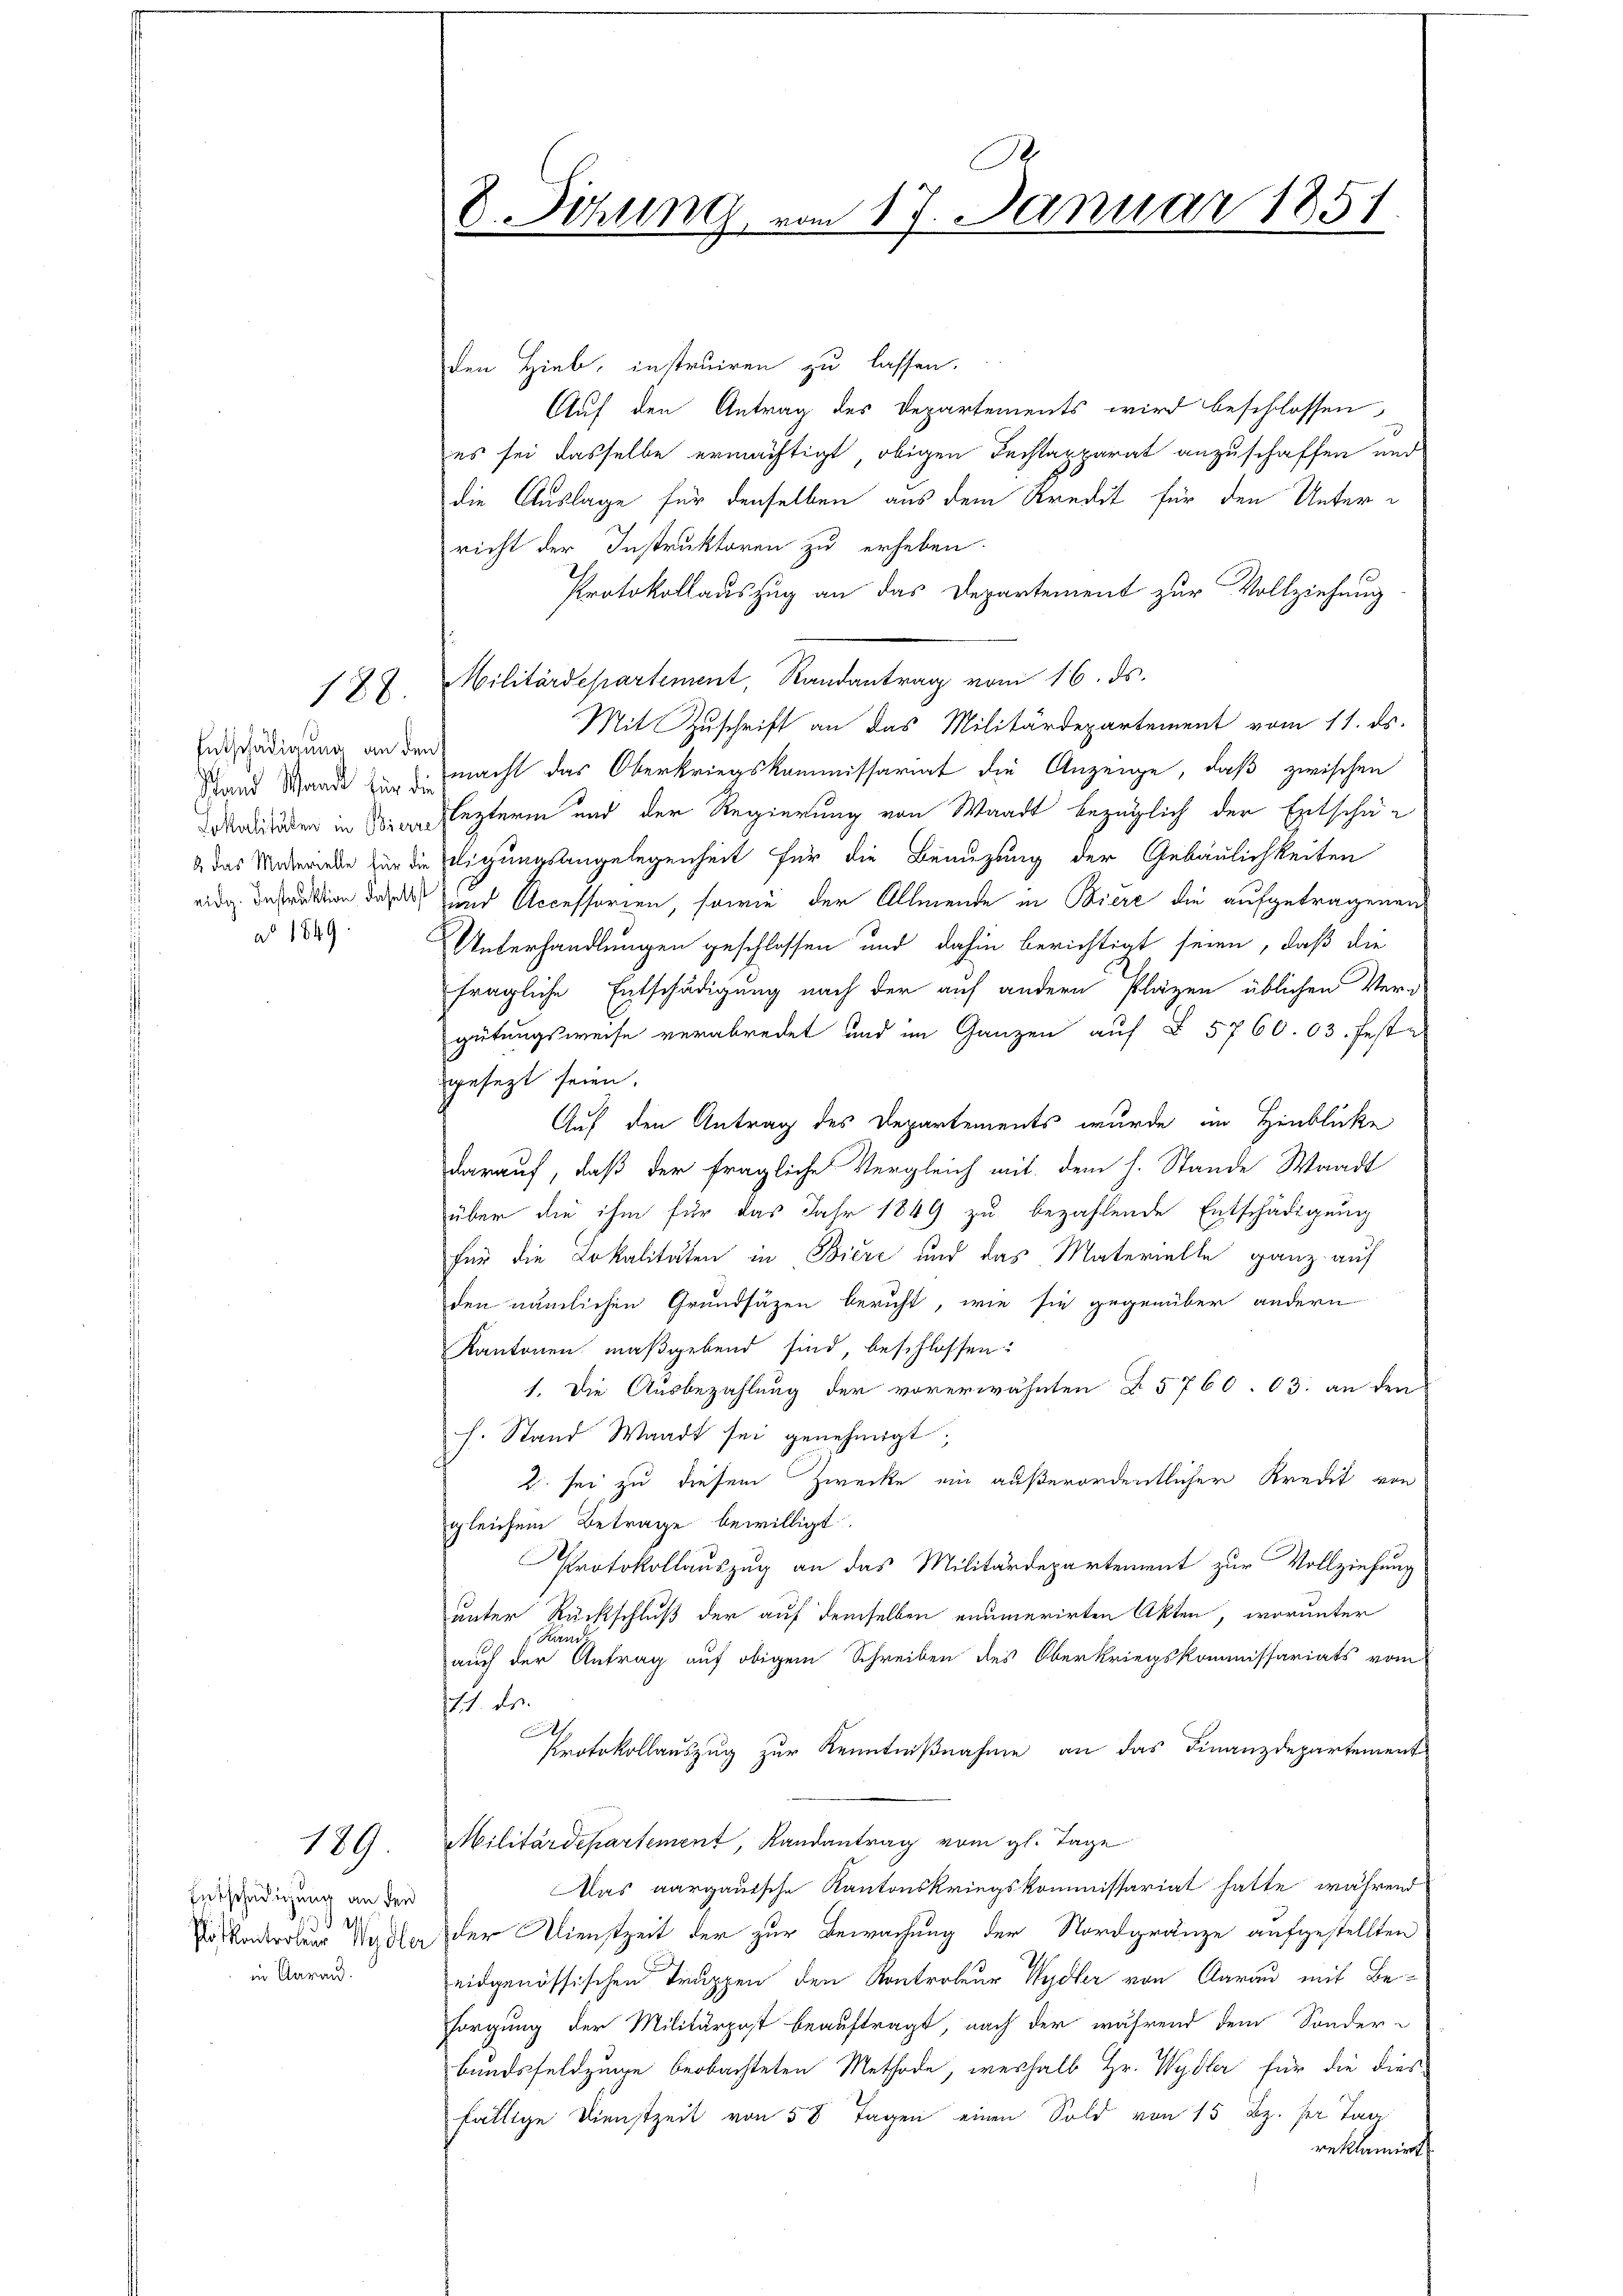
Entschädigung an den
ao 1849

122.

189.

Entschädigung an den
S 114.
in Aarau

A
D. Sitzung vom 17. Januar 1851.

den Hieb, instruiren zu lassen.
Auf den Antrag des Departements wird beschlossen,
es sei dasselbe ermächtigt obigen Fechtapparat anzuschaffen und
die Auslage für denselben aus dem Kredit für den Unterricht der Instruktoren zu erheben.
Protokollauszug an das Departement zur Vollziehung
Militärdepartement, Randantrag vom 16. ds.
Mit Zuschrift an das Militärdepartement vom 11. ds.
Stand Mande den zu macht das Oberkriegskommissariat die Anzeige, daß zwischen
Morden in die lezteren und der Regierung von Waadt bezüglich der Entschä¬
& das Widerriede für die Eligungsangelegenheit für die Benuzung der Gebäulichkeiten
eidige Instruktion das und Accessorien, sowie der Allmende in Biere die aufgetragenen
Unterhandlungen geschlossen und dahin berichtigt seien, daß die
fragliche Entschädigung nach der auf andern Plazen üblichen Veri-
gütungsweise verabredet und im Ganzen auf § 5760. 03. festz
gesezt seien.
Auf den Antrag des Departements wurde im Hinblicke
darauf, daß der fragliche Vergleich mit dem h. Stande Waadt
über die ihm für das Jahr 1849 zu bezahlende Entschädigung
für die Lokalitäten in Biere und das Materielle ganz auf
den nämlichen Grundsätzen bericht, wie sie gegenüber andern
Kantonen maßgebend sind, beschlossen:
1. Die Ausbezahlung der vorerwähnten § 5760. 63. an den
h. Stand Waadt sei genehmigt,
2 sei zu diesem Zwecke ein außerordentlicher Kredit von
gleichem Betrage bewilligt.
Protokollauszug an das Militärdepartement zur Vollziehung
unter Rückschluß der auf demselben enumerirten Akten, worunter
Rand:
auch der Antrag auf obigem Schreiben des Oberkriegskommissariats vom
1. Fr.
x
Protokollauszug zur Kenntnißnahme an das Finanzdepartement
Militärdepartement, Randantrag vom gl. Tage
Aus aargauische Kantonskriegskommissariat hatte, während
Posbaderobur Wydler der Dienstzeit der zur Bewachung der Nordgränze aufgestellten
eidgenössischen Truppen den Kontroleur Wydler von Aarau mit Besorgung der Militärpost beauftragt, nach der während dem Sonder-
bundsfeldzuge beobachteten Methode, weshalb Hr. Wydler für die dies
fällige Dienstzeit von 58 Tagen einen Sold von 15 Bz. her Tag
reklamiert